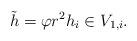
LaTeX: \begin{align*} \tilde{h}=\varphi r^2h_i\in V_{1,i}. \end{align*}